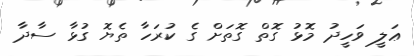
ޢަލީ ވަހީދު މޮޅު ގޮތް ގޮތަށް ގެ ކުރަހާ ތެޔޮ ގުޅާ ސާދާ